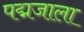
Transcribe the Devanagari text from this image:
पद्मजाला